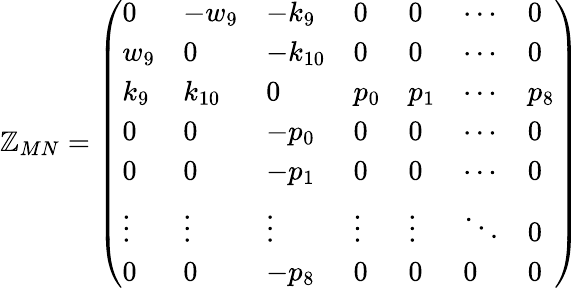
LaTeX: \mathbb{Z}_{MN}=\left(\begin{array}{lllllll}{{0}}&{{-w_{9}}}&{{-k_{9}}}&{{0}}&{{0}}&{{\cdots}}&{{0}}\\ {{w_{9}}}&{{0}}&{{-k_{10}}}&{{0}}&{{0}}&{{\cdots}}&{{0}}\\ {{k_{9}}}&{{k_{10}}}&{{0}}&{{p_{0}}}&{{p_{1}}}&{{\cdots}}&{{p_{8}}}\\ {{0}}&{{0}}&{{-p_{0}}}&{{0}}&{{0}}&{{\cdots}}&{{0}}\\ {{0}}&{{0}}&{{-p_{1}}}&{{0}}&{{0}}&{{\cdots}}&{{0}}\\ {{\vdots}}&{{\vdots}}&{{\vdots}}&{{\vdots}}&{{\vdots}}&{{\ddots}}&{{0}}\\ {{0}}&{{0}}&{{-p_{8}}}&{{0}}&{{0}}&{{0}}&{{0}}\end{array}\right)